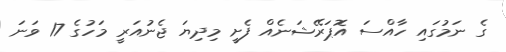
ގެ ނަމުގައި ހާއްސަ އޮޕަރޭޝަނެއް ފެށީ މިދިޔަ ޖެނުއަރީ މަހުގެ 17 ވަނަ